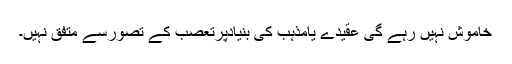
خاموش نہیں رہے گی عقیدے یامذہب کی بنیادپرتعصب کے تصورسے متفق نہیں۔